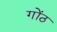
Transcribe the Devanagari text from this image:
गोंठ